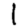
Digit: 1